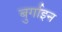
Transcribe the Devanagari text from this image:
बुर्गाइन